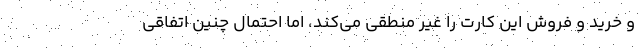
و خرید و فروش این کارت را غیر منطقی می‌کند، اما احتمال چنین اتفاقی